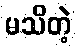
မသိတဲ့